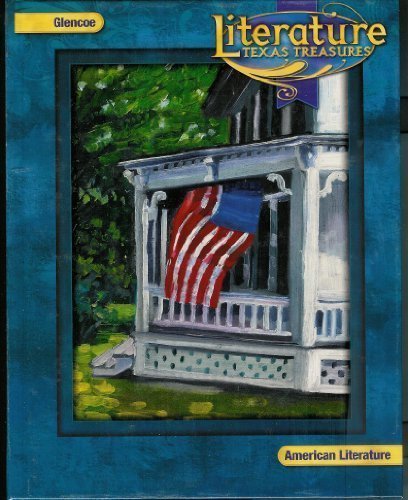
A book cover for Literature Texas Treasures: American Literature; Jeffrey D., Ph.D. Wilhelm; Teen & Young Adult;